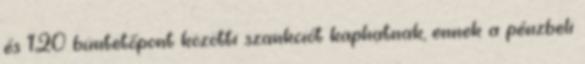
és 120 büntetőpont közötti szankciót kaphatnak, ennek a pénzbeli